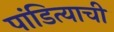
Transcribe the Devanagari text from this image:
पांडित्याची